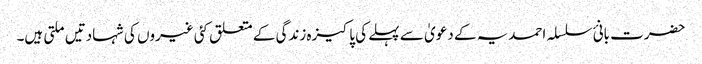
حضرت بانئ سلسلہ احمدیہ کے دعویٰ سے پہلے کی پاکیزہ زندگی کے متعلق کئی غیروں کی شہادتیں ملتی ہیں۔